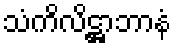
သံကိလိဋ္ဌာဘာနံ